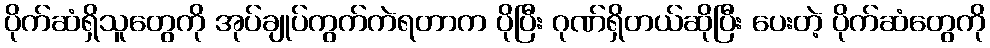
ပိုက်ဆံရှိသူတွေကို အုပ်ချုပ်ကွက်ကဲရတာက ပိုပြီး ဂုဏ်ရှိတယ်ဆိုပြီး ပေးတဲ့ ပိုက်ဆံတွေကို